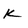
Character: k